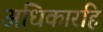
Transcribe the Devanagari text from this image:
अधिकारहि